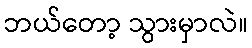
ဘယ်တော့ သွားမှာလဲ။